Vaccination in the Punjab 1897-1904 - 1897-1904
Year: 1897
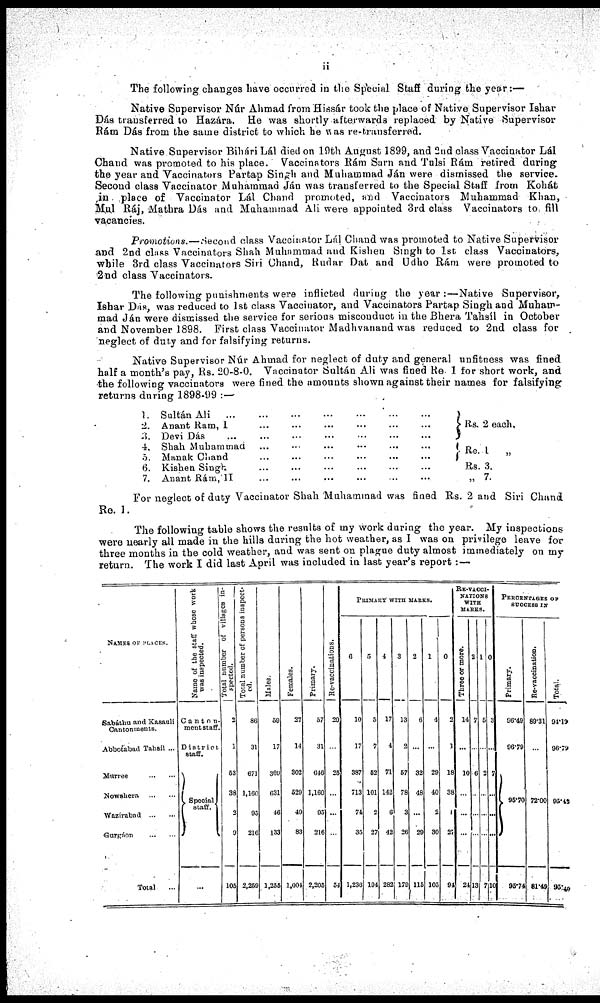
ii
The following changes have occurred in the Spècial Staff during the year:—
Native Supervisor Núr Ahmad from Hissár took the place of Native Supervisor Ishar
Dás transferred to Hazára. He was shortly afterwards replaced by Native Supervisor
Rám Dás from the same district to which be was re-transferred.
Native Supervisor Bihári Lál died on 19th August 1899, and 2nd class Vaccinator Lál
Chand was promoted to his place. Vaccinators Rám Sarn and Tulsi Rám retired during
the year and Vaccinators Partap Singh and Muhammad Ján were dismissed the service.
Second class Vaccinator Muhammad Ján was transferred to the Special Staff from Kohát
,in place of Vaccinator Lál Chand promoted, and Vaccinators Muhammad Khan,
Mul Ráj, Mathra Dás and Muhammad Ali were appointed 3rd class Vaccinators to fill
vacancies.
Promotions.—Second class Vaccinator Lál Chand was promoted to Native Supervisor
and 2nd class Vaccinators Shah Muhammad and Kishen Singh to 1st class Vaccinators,
while 3rd class Vaccinators Siri Chand, Rudar Dat and Udho Rám were promoted to
2nd class Vaccinators.
The following punishments were inflicted during the year :—Native Supervisor,
Ishar Das, was reduced to 1st class Vaccinator, and Vaccinators Partap Singh and Muham-
mad Ján were dismissed the service for serious misconduct in the Bhera Tahsíl in October
and November 1898. First class Vaccinator Madhvanand was reduced to 2nd class for
neglect of duty and for falsifying returns.
Native Supervisor Núr Ahmad for neglect of duty and general unfitness was fined
half a month's pay, Rs. 20-8-0. Vaccinator Sultán Ali was fined Re 1 for short work, and
the following vaccinators were fined the amounts shown against their names for falsifying
returns during 1898-99 :—
1.
2
3.
4.
5.
6.
7.
Sultán Ali ... ... ... ... ... ... ...
Anant Ram, I ... ... ... ... ... ...
Devi Dás ... ... ... ... ... ...
Shah Muhammad ... ... ... ... ... ...
Manak Chand ... ... ... ... ... ...
Kishen Singh ... ... ... ... ... ...
Anant Rám,II ... ... ... ... ... ...
Rs. 2 each.
Rs. 1 „
Rs. 3.
„ 7.
For neglect of duty Vaccinator Shah Muhammad was fined Rs. 2 and Siri Chand
Rs. 1.
The following table shows the results of my work during the year. My inspections
were nearly all made in the hills during the hot weather, as I was on privilege leave for
three months in the cold weather, and was sent on plague duty almost immediately on my
return. The work I did last April was included in last year's report:—
NAMES OF PLACES.
Sabáthu and Kasauli
Cantonments.
Abbotabad Tahsíl ...
Murree
...
....
Nowshera
...
...
Wazírabad
...
...
Gurgáon
...
...
Total ...
Name of the staff whose work
was inspected.
Canton¬
ment staff.
Districts staff.
Special
staff.
...
Total number of villages in-
spected.
2
1
53
36
...
9
105
Total number of persons inspect¬
ed.
86
31
671
1,160
95
216
2,269
Male.
50
17
360
631
46
133
1,256
Females.
27
14
302
520
49
83
1,001
Primary.
57
31
646
1,180
95
216
2,205
Re-vaccinations.
20
...
25
...
...
...
54
PRIMARY WITH MARKS.
6
10
17
387
713
74
35
1,236
5
5
7
52
101
2
27
194
4
17
4
71
142
0
42
282
3
13
2
57
78
3
26
170
2
6
...
32
48
...
20
116
1
4
...
28
40
2
30
105
0
2
1
18
38
1
26
94
RE-VACCI¬
NATIONS
WITH
MARKS.
Three or more.
14
...
10
...
...
...
24
2
7
...
6
...
...
...
13
1
6
...
2
...
...
...
7
0
3
...
7
...
...
...
10
PERCENTAGE OF
SUCCESS IS
Primary.
96.49
96.76
95.70
95.74
Re-vaccination.
89.31
...
...
72.00
...
...
8.-48
Total.
94.10
96.79
95.42
....
...
95.40